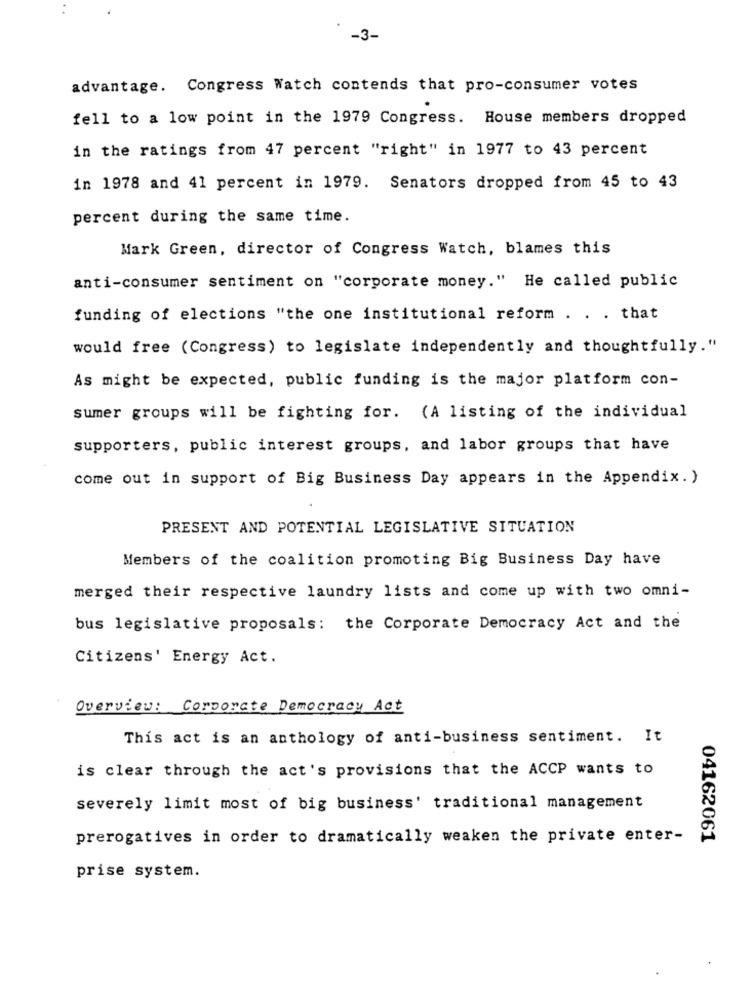
-3-
advantage. Congress Watch contends that pro-consumer votes
fell to a low point in the 1979 Congress. House members dropped
in the ratings from 47 percent "right" in 1977 to 43 percent
in 1978 and 41 percent in 1979. Senators dropped from 45 to 43
percent during the same time.
Mark Green, director of Congress Watch, blames this
anti-consumer sentiment on "corporate money." He called public
funding of elections "the one institutional reform . . . that
would free (Congress) to legislate independently and thoughtfully."
As might be expected, public funding is the major platform con-
sumer groups will be fighting for. (A listing of the individual
supporters, public interest groups, and labor groups that have
come out in support of Big Business Day appears in the Appendix. )
PRESENT AND POTENTIAL LEGISLATIVE SITUATION
Members of the coalition promoting Big Business Day have
merged their respective laundry lists and come up with two omni-
bus legislative proposals: the Corporate Democracy Act and the
Citizens' Energy Act.
Overview: Corporate Democracy Act
This act is an anthology of anti-business sentiment. It
is clear through the act's provisions that the ACCP wants to
severely limit most of big business' traditional management
prerogatives in order to dramatically weaken the private enter-
04162061
prise system.